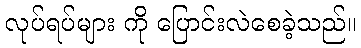
လုပ်ရပ်များ ကို ပြောင်းလဲစေခဲ့သည်။